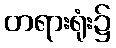
တရားရုံး၌